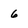
Character: 6